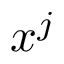
x ^ { j }